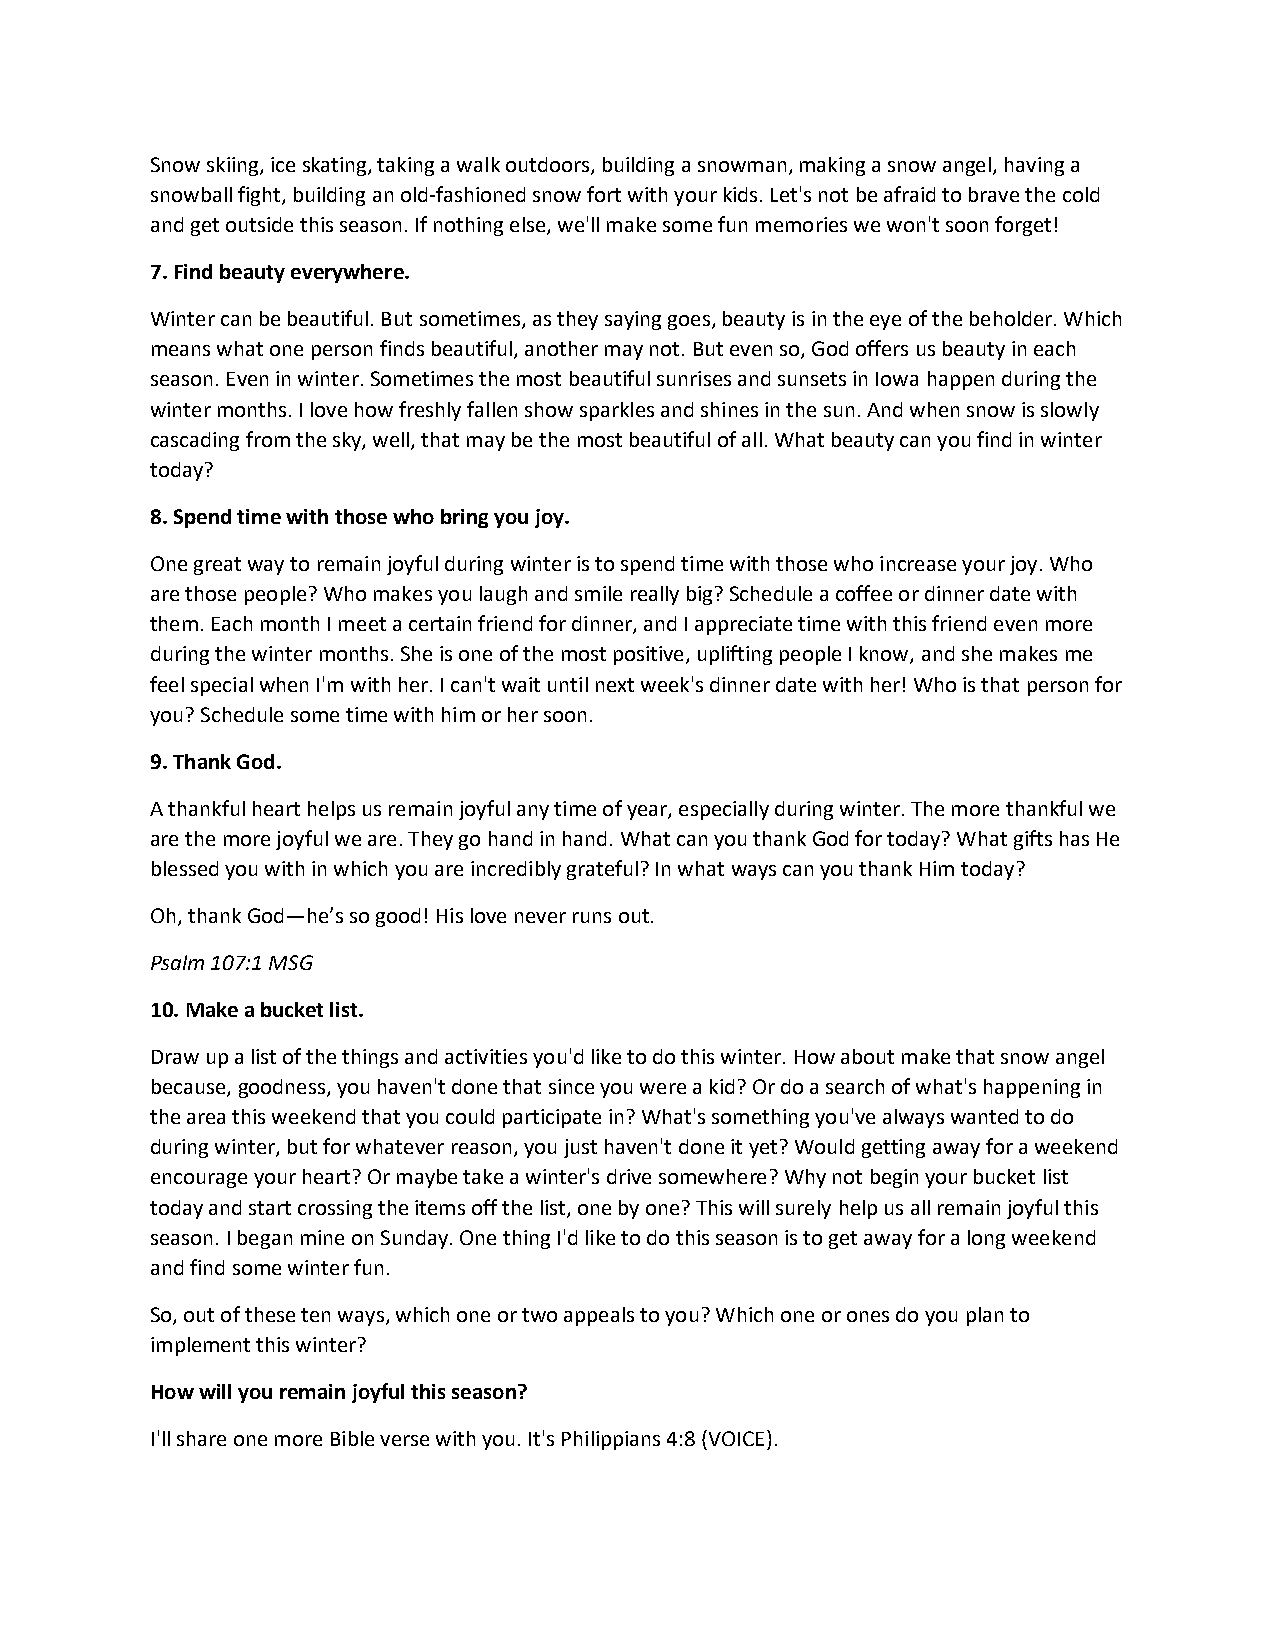
Snow skiing, ice skating, taking a walk outdoors, building a snowman, making a snow angel, having a
 snowball fight, building an old-fashioned snow fort with your kids. Let's not be afraid to brave the cold
 and get outside this season. If nothing else, we'll make some fun memories we won't soon forget!
 7. Find beauty everywhere.
 Winter can be beautiful. But sometimes, as they saying goes, beauty is in the eye of the beholder. Which
 means what one person finds beautiful, another may not. But even so, God offers us beauty in each
 season. Even in winter. Sometimes the most beautiful sunrises and sunsets in Iowa happen during the
 winter months. I love how freshly fallen show sparkles and shines in the sun. And when snow is slowly
 cascading from the sky, well, that may be the most beautiful of all. What beauty can you find in winter
 today?
 8. Spend time with those who bring you joy.
 One great way to remain joyful during winter is to spend time with those who increase your joy. Who
 are those people? Who makes you laugh and smile really big? Schedule a coffee or dinner date with
 them. Each month I meet a certain friend for dinner, and I appreciate time with this friend even more
 during the winter months. She is one of the most positive, uplifting people I know, and she makes me
 feel special when I'm with her. I can't wait until next week's dinner date with her! Who is that person for
 you? Schedule some time with him or her soon.
 9. Thank God.
 A thankful heart helps us remain joyful any time of year, especially during winter. The more thankful we
 are the more joyful we are. They go hand in hand. What can you thank God for today? What gifts has He
 blessed you with in which you are incredibly grateful? In what ways can you thank Him today?
 Oh, thank God—he’s so good! His love never runs out.
 Psalm 107:1 MSG
 10. Make a bucket list.
 Draw up a list of the things and activities you'd like to do this winter. How about make that snow angel
 because, goodness, you haven't done that since you were a kid? Or do a search of what's happening in
 the area this weekend that you could participate in? What's something you've always wanted to do
 during winter, but for whatever reason, you just haven't done it yet? Would getting away for a weekend
 encourage your heart? Or maybe take a winter's drive somewhere? Why not begin your bucket list
 today and start crossing the items off the list, one by one? This will surely help us all remain joyful this
 season. I began mine on Sunday. One thing I'd like to do this season is to get away for a long weekend
 and find some winter fun.
 So, out of these ten ways, which one or two appeals to you? Which one or ones do you plan to
 implement this winter?
 How will you remain joyful this season?
 I'll share one more Bible verse with you. It's Philippians 4:8 (VOICE).